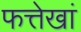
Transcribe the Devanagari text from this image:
फत्तेखां